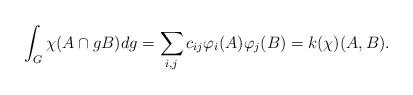
LaTeX: \begin{align*}\int_G \chi(A\cap gB)dg=\sum_{i,j} c_{ij}\varphi_i(A)\varphi_j(B)= k(\chi)(A,B).\end{align*}